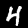
Label: 4